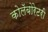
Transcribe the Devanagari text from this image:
कोलॅबोरेटरी